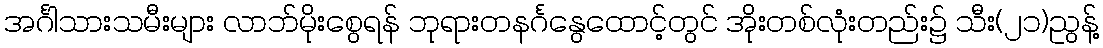
အင်္ဂါသားသမီးများ လာဘ်မိုးစွေရန် ဘုရားတနင်္ဂနွေထောင့်တွင် အိုးတစ်လုံးတည်း၌ သီး(၂၁)ညွန့်